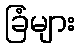
ခြံများ